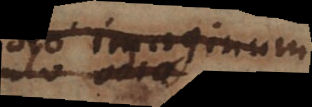
est, imaginum